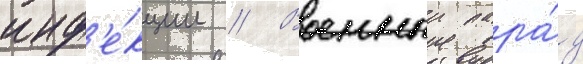
инф'е́кции // Военныи пара́д